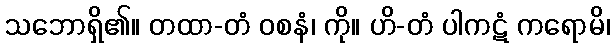
သဘောရှိ၏။ တထာ-တံ ဝစနံ၊ ကို။ ဟိ-တံ ပါကဋံ ကရောမိ၊